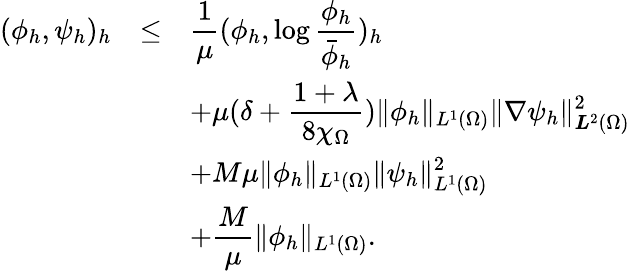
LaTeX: \begin{array}{rcl}{(\phi_{h},\psi_{h})_{h}}&{\le}&{\displaystyle\frac{1}{\mu}(\phi_{h},\log\frac{\phi_{h}}{\bar{\phi}_{h}})_{h}}\\ &&{\displaystyle+\mu(\delta+\frac{1+\lambda}{8\chi_{\Omega}})\| \phi_{h}\| _{L^{1}(\Omega)}\| \nabla\psi_{h}\| _{{\boldsymbol L}^{2}(\Omega)}^{2}}\\ &&{\displaystyle+M\mu\| \phi_{h}\| _{L^{1}(\Omega)}\| \psi_{h}\| _{L^{1}(\Omega)}^{2}}\\ &&{\displaystyle+\frac{M}{\mu}\| \phi_{h}\| _{L^{1}(\Omega)}.}\end{array}